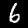
Digit: 6